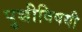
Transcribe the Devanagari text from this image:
पुच्चीविषयी